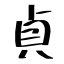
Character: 貞